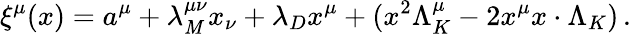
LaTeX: \xi^{\mu}(x)=a^{\mu}+\lambda_{\mathit{M}}^{\mu\nu}x_{\nu}+\lambda_{D}x^{\mu}+(x^{2}\Lambda_{K}^{\mu}-2x^{\mu}x\cdot\Lambda_{K})\, .